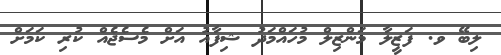
ލިބޭ ވ. ފަޒީލާ މަންޒިލް މުހައްމަދު ޝިފާއު އަށް މެސެޖެއް ކުރި ކަމަށް